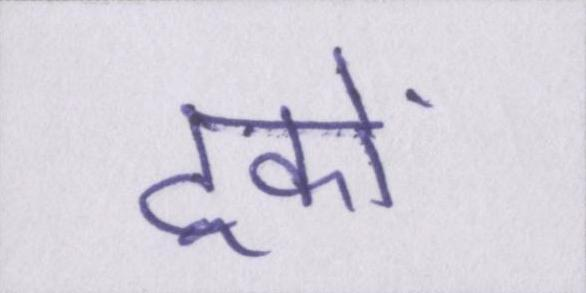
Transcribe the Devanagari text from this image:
ट्रकों